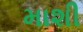
માશી